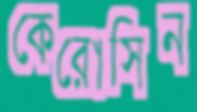
কেরোসিন